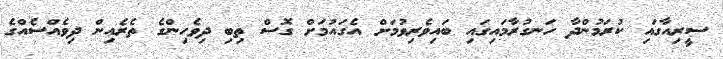
ސީރިއާގައި ކުރަމުންދާ ހަނގުރާމައިގައި ބައިވެރިވުމަށް އެގައުމަށް ގޮސް ތިބި ދިވެހިންގެ ތެރެއިން ދިވެއްސެއްގެ